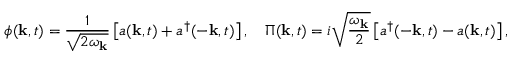
\phi ( \mathbf { k } , t ) = \frac { 1 } { \sqrt { 2 \omega _ { \mathbf { k } } } } \left[ a ( \mathbf { k } , t ) + a ^ { \dagger } ( - \mathbf { k } , t ) \right] , \quad \Pi ( \mathbf { k } , t ) = i \sqrt { \frac { \omega _ { \mathbf { k } } } { 2 } } \left[ a ^ { \dagger } ( - \mathbf { k } , t ) - a ( \mathbf { k } , t ) \right] ,